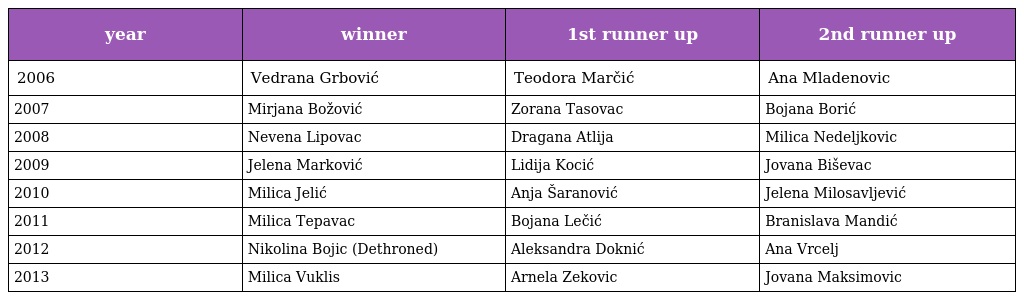
| year | winner | 1st runner up | 2nd runner up |
 | --- | --- | --- | --- |
 | 2006 | Vedrana Grbović | Teodora Marčić | Ana Mladenovic |
 | 2007 | Mirjana Božović | Zorana Tasovac | Bojana Borić |
 | 2008 | Nevena Lipovac | Dragana Atlija | Milica Nedeljkovic |
 | 2009 | Jelena Marković | Lidija Kocić | Jovana Biševac |
 | 2010 | Milica Jelić | Anja Šaranović | Jelena Milosavljević |
 | 2011 | Milica Tepavac | Bojana Lečić | Branislava Mandić |
 | 2012 | Nikolina Bojic (Dethroned) | Aleksandra Doknić | Ana Vrcelj |
 | 2013 | Milica Vuklis | Arnela Zekovic | Jovana Maksimovic |